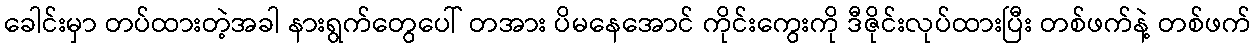
ခေါင်းမှာ တပ်ထားတဲ့အခါ နားရွက်တွေပေါ် တအား ပိမနေအောင် ကိုင်းကွေးကို ဒီဇိုင်းလုပ်ထားပြီး တစ်ဖက်နဲ့ တစ်ဖက်